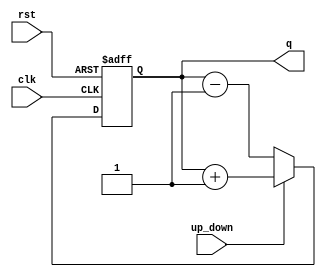
module updown(q, up_down, clk, rst);
    input up_down, clk, rst;
    output reg [3:0] q;

    always @ (posedge clk or posedge rst) begin
        if (rst) begin q<=4'b0000; end
        else begin
            if (up_down) begin
                q <= q + 1;
            end
            else begin
                q <= q - 1;
            end
        end
    end
endmodule

module up_down_3bit_tb;
    reg up_down, clk, rst;
    wire [3:0] q;
    updown tb(q, up_down, clk, rst);
    always #5 clk = ~clk;
    initial begin
        clk = 0; rst = 1; up_down = 1;
        #10 rst = 0;
        #180 up_down = 0;
        #200 $stop;
    end
endmodule